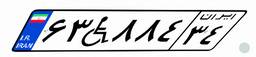
۶۳W۸۸۴۳۴